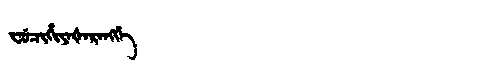
Manchu: ᠸᡠᠴᡳᡥᡳᠶᠠᡧᠠᡵᠠᠩᡤᡝ
Romanization: FUCIHIYAŠARANGGE